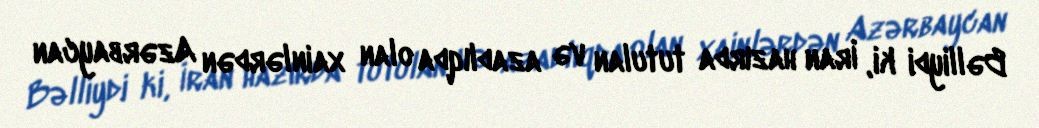
Bəlliydi ki, İran hazırda tutulan və azadlıqda olan xainlərdən Azərbaycan